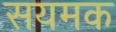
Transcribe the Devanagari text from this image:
सयमक